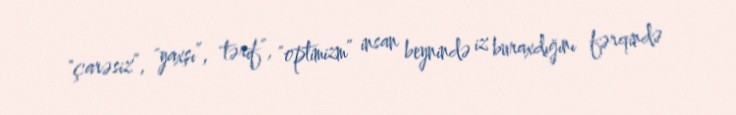
"çarəsiz”, "yaxşı”, tərif”, "optimizm” insan beynində iz buraxdığını fərqində